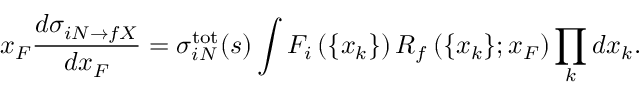
x _ { F } \frac { d \sigma _ { i N \rightarrow f X } } { d x _ { F } } = \sigma _ { i N } ^ { \mathrm { t o t } } ( s ) \int F _ { i } \left( \{ x _ { k } \} \right) R _ { f } \left( \{ x _ { k } \} ; x _ { F } \right) \prod _ { k } d x _ { k } .